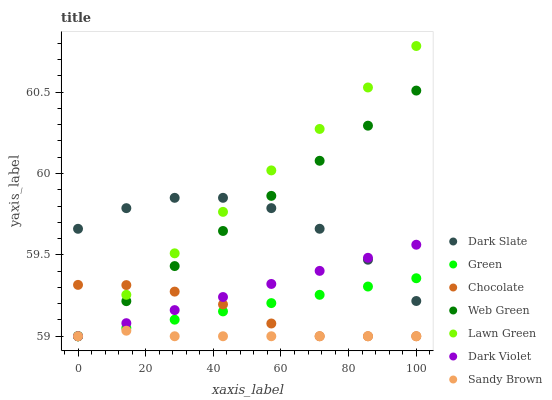
| xaxis_label | Dark Slate | Green | Chocolate | Web Green | Lawn Green | Dark Violet | Sandy Brown |
 | --- | --- | --- | --- | --- | --- | --- | --- |
 | 0 | 59.7 | 59 | 59.3 | 59 | 59 | 59 | 59 |
 | 14.3 | 59.8 | 59.1 | 59.3 | 59.2 | 59.3 | 59.1 | 59 |
 | 28.6 | 59.9 | 59.1 | 59.3 | 59.4 | 59.5 | 59.2 | 59 |
 | 42.9 | 59.9 | 59.2 | 59.2 | 59.6 | 59.8 | 59.2 | 59 |
 | 57.1 | 59.8 | 59.2 | 59.1 | 59.9 | 60 | 59.3 | 59 |
 | 71.4 | 59.7 | 59.3 | 59 | 60.1 | 60.3 | 59.4 | 59 |
 | 85.7 | 59.5 | 59.3 | 59 | 60.3 | 60.5 | 59.5 | 59 |
 | 100 | 59.2 | 59.4 | 59 | 60.5 | 60.8 | 59.6 | 59 |